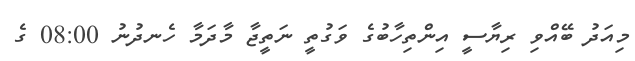
މިއަދު ބޭއްވި ރިޔާސީ އިންތިހާބުގެ ވަގުތީ ނަތީޖާ މާދަމާ ހެނދުނު 08:00 ގެ